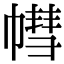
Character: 𢄣